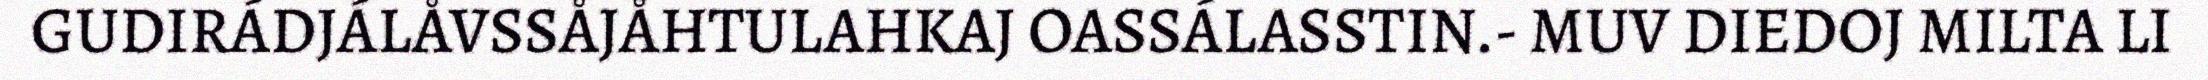
GUDIRÁDJÁLÅVSSÅJÅHTULAHKAJ OASSÁLASSTIN.- MUV DIEDOJ MILTA LI